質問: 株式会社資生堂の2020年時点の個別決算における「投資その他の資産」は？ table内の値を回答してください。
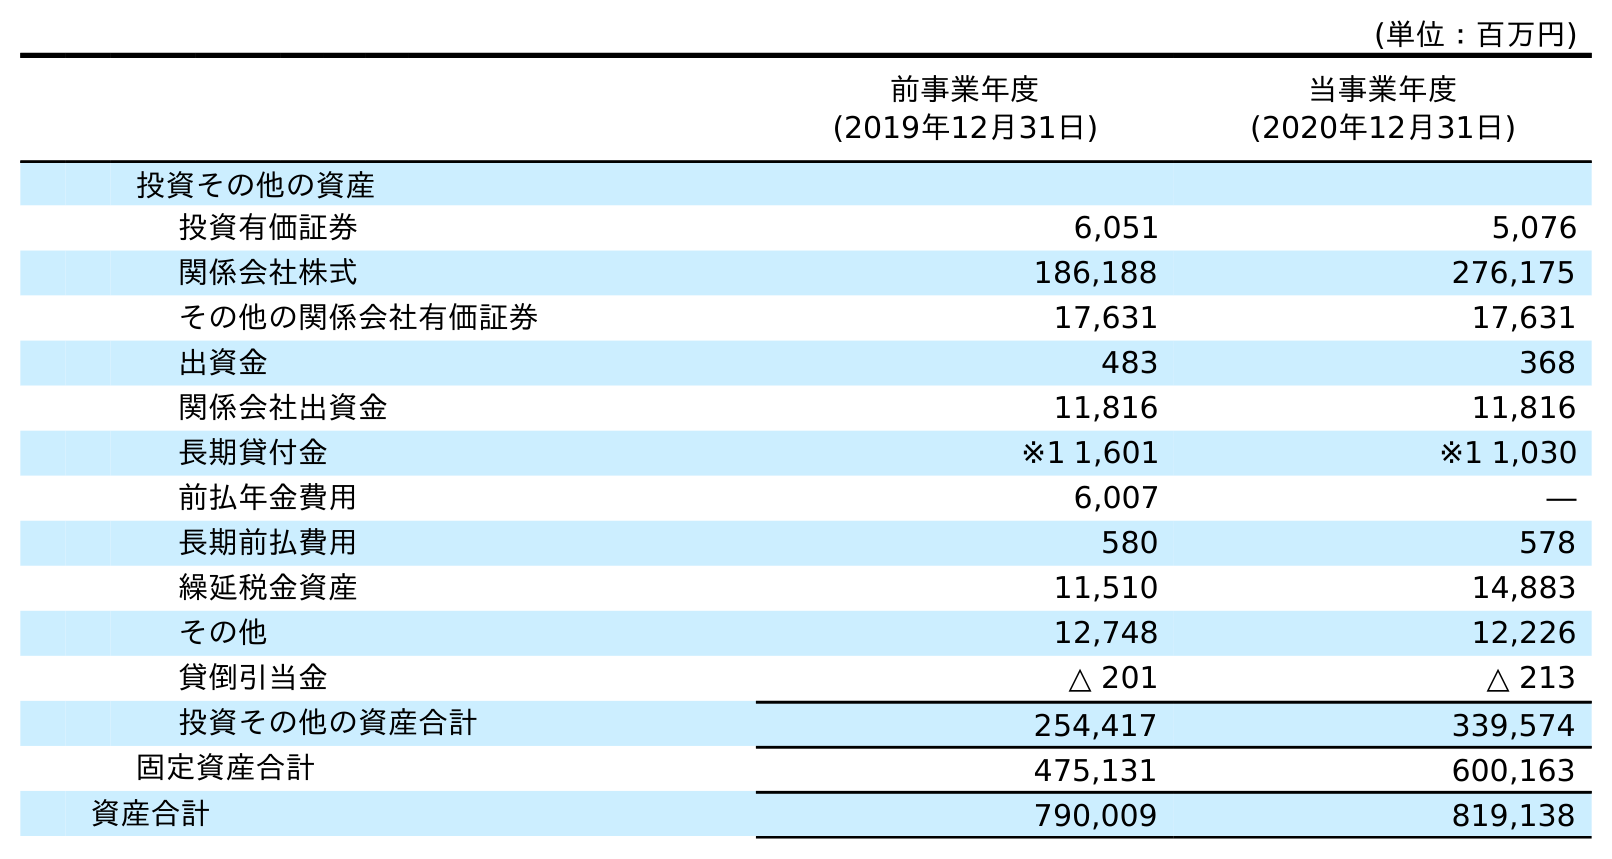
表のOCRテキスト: (単位：百万円) 前事業年度 (2019年12月31日) 当事業年度 (2020年12月31日) 投資その他の資産 投資有価証券 6,051 5,076 関係会社株式 186,188 276,175 その他の関係会社有価証券 17,631 17,631 出資金 483 368 関係会社出資金 11,816 11,816 長期貸付金 ※1 1,601 ※1 1,030 前払年金費用 6,007 ― 長期前払費用 580 578 繰延税金資産 11,510 14,883 その他 12,748 12,226 貸倒引当金 △ 201 △ 213 投資その他の資産合計 254,417 339,574 固定資産合計 475,131 600,163 資産合計 790,009 819,138
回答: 339,574